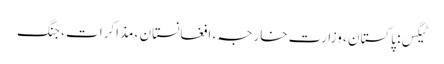
ٹیگس: پاکستان ، وزارت خارجہ ، افغانستان ، مذاکرات ، جنگ